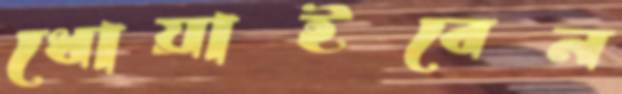
ধোয়াইবেন